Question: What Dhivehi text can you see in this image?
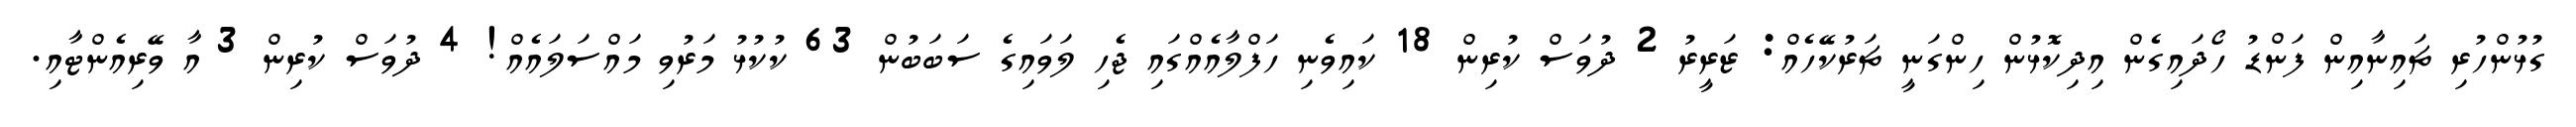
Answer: ގުޅުންހުރި ޗައިނާއިން ފަންޑު ހޯދައިގެން އިދިކޮޅުން ހިންގަނީ ޗަރުކޭހެއް: ޒަރީރު 2 ދުވަސް ކުރިން 18 ކައިވެނި ހަފްލާއެއްގައި ޖެހި ލަވައިގެ ސަބަބުން 63 ކުކުޅު މަރުވި މައްސަލައެއް! 4 ދުވަސް ކުރިން 3 އާ ވޭރިއެންޓާއި.